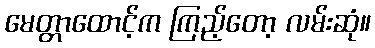
မေတ္တာထောင့်က ကြည့်တော့ လမ်းဆုံ။